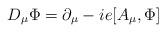
LaTeX: \begin{align*}D_{\mu}\Phi=\partial_{\mu}-ie[A_{\mu},\Phi]\end{align*}